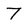
Character: 7